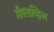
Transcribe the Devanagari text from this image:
मॅक्सव्हिल